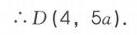
\(\therefore D(4,5a)\)